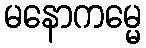
မနောကမ္မေ